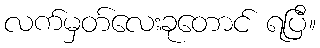
လက်မှတ်လေးခုတောင် ရပြီ။